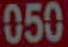
050